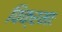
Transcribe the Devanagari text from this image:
विक्रमाः